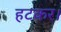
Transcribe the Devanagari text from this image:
हटकर।